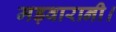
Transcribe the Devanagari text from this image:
मड़वारानी।